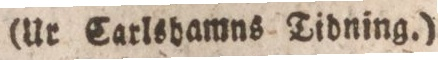
(Ur Carlshamns Tidning.)